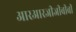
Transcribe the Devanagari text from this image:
आरआरजीजीबीबी